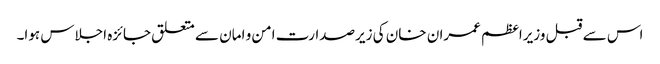
اس سے قبل وزیراعظم عمران خان کی زیرصدارت امن و امان سے متعلق جائزہ اجلاس ہوا۔